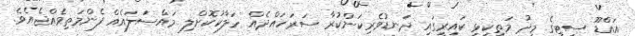
އައްޑޫ ސިޓީގެ މީދު މަތިކިޅި ކައިރީގައި ދަނޑުވެރިކަންކުރާ ސަރަހައްދެއް ހަލާކުކޮށްލި މައްސަލައެއް ފެންމަތިވެއްޖެއެވެ.